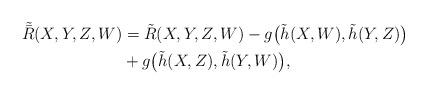
LaTeX: \begin{align*}\tilde{\bar{R}}(X,Y,Z,W)&=\tilde{R}(X,Y,Z,W)-g\big(\tilde{h}(X,W),\tilde{h}(Y,Z)\big)\\&+g\big(\tilde{h}(X,Z),\tilde{h}(Y,W)\big),\end{align*}